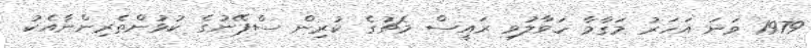
1979 ވަނަ އަހަރު މަގާމާ ހަވާލުވި ރައީސް މެޗުގެ ކުރިން ސްޕޭނުގެ ކުޅުންތެރިންނާއެކު